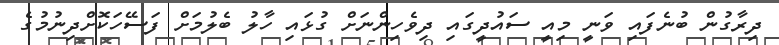
ދިރާގުން ބުނެފައި ވަނީ މިއީ ސައުދީގައި ދިވެހިންނަށް ގުޅައި ހާލު ބެލުމަށް ފަސޭހަކޮށްދިނުމުގެ